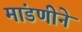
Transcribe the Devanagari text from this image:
मांडणीने